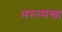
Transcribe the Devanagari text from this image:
मरुत्संखा